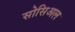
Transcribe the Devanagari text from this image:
सोसिअल